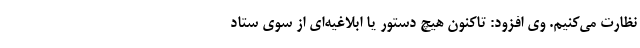
نظارت می‌کنیم. وی افزود: تاکنون هیچ دستور یا ابلاغیه‌ای از سوی ستاد